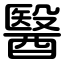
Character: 醫